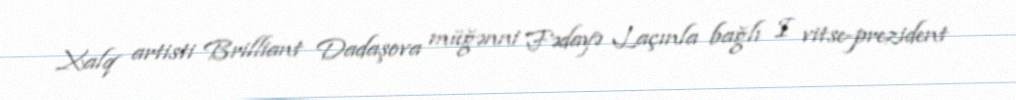
Xalq artisti Brilliant Dadaşova müğənni Fədayə Laçınla bağlı I vitse-prezident